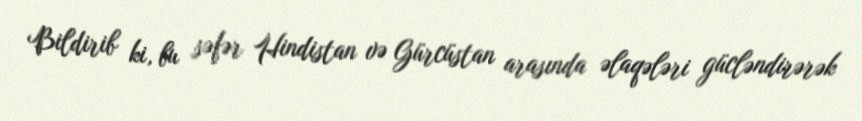
Bildirib ki, bu səfər Hindistan və Gürcüstan arasında əlaqələri gücləndirərək